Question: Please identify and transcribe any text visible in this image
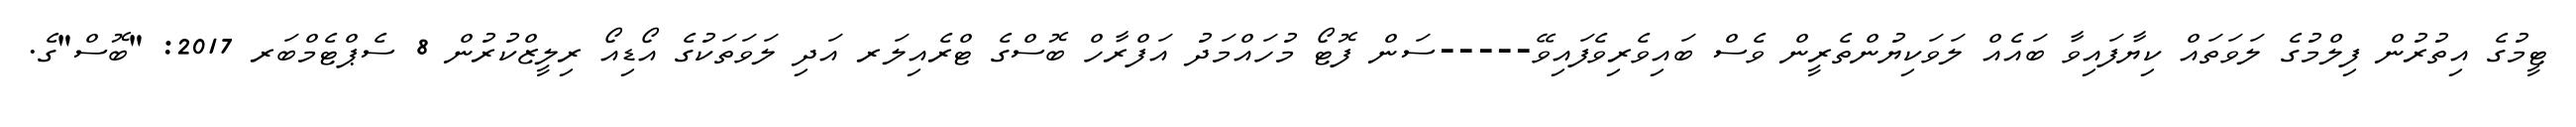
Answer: ޓީމުގެ އިތުރުން ފިލްމުގެ ލަވަތައް ކިޔާފައިވާ ބައެއް ލަވަކިޔުންތެރީން ވެސް ބައިވެރިވެފައިވޭ-----ސަން ފޮޓޯ މުހައްމަދު އަފްރާހް ބޮސްގެ ޓްރެއިލަރ އަދި ލަވަތަކުގެ އޯޑިއޯ ރިލީޒްކުރުން 8 ސެޕްޓެމްބަރ 2017: "ބޮސް"ގެ.